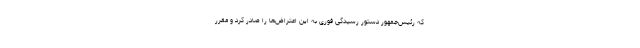
که رئیس‌جمهور دستور رسیدگی فوری به این اعتراض‌ها را صادر کرد و مقرر